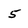
Character: 5